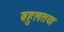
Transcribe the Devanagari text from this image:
बहुलतया